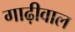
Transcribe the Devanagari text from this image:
गाढ़ीवाल